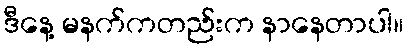
ဒီနေ့ မနက်ကတည်းက နာနေတာပါ။